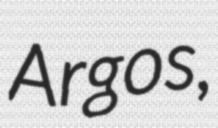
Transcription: Argos,